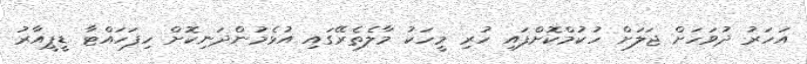
އަހަރު ދުވަހަށް ޖަލަށް ހުކުމްކޮށްފައި ހުރި މީހަކު މާލެތެރޭގައި އުޅެމުންދަނިކޮށް ހިފަހައްޓާ ޑީޕީއާރު